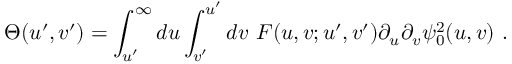
\Theta ( u ^ { \prime } , v ^ { \prime } ) = \int _ { u ^ { \prime } } ^ { \infty } d u \int _ { v ^ { \prime } } ^ { u ^ { \prime } } d v ~ F ( u , v ; u ^ { \prime } , v ^ { \prime } ) \partial _ { u } \partial _ { v } \psi _ { 0 } ^ { 2 } ( u , v ) \ .